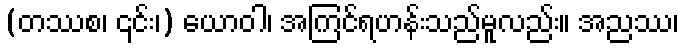
(တဿစ၊ ၎င်း၊) ယောဝါ၊ အကြင်ရဟန်းသည်မူလည်း။ အညဿ၊